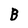
Character: B